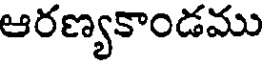
ఆరణ్యకాండము